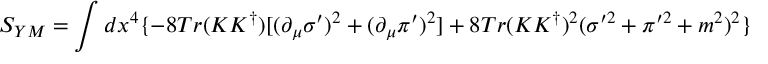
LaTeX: S _ { Y M } = \int d x ^ { 4 } \{ - 8 T r ( K K ^ { \dag } ) [ ( \partial _ { \mu } \sigma ^ { \prime } ) ^ { 2 } + ( \partial _ { \mu } \pi ^ { \prime } ) ^ { 2 } ] + 8 T r ( K K ^ { \dag } ) ^ { 2 } ( \sigma ^ { \prime 2 } + \pi ^ { \prime 2 } + m ^ { 2 } ) ^ { 2 } \}